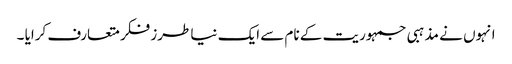
انہوں نے مذہبی جمہوریت کے نام سے ایک نیا طرز فکر متعارف کرایا ۔